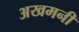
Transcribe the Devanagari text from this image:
अखमनी